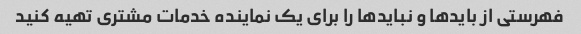
فهرستی از بایدها و نبایدها را برای یک نماینده خدمات مشتری تهیه کنید